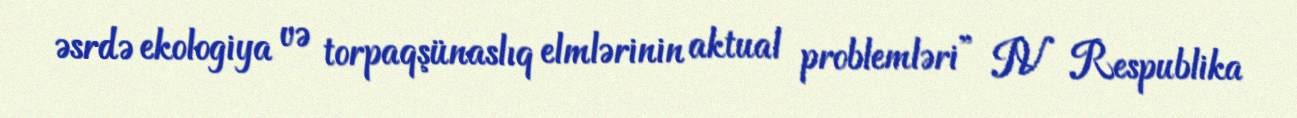
əsrdə ekologiya və torpaqşünaslıq elmlərinin aktual problemləri” IV Respublika